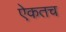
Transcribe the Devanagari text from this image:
ऐकतच